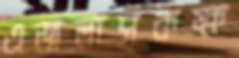
এজলাসকক্ষ